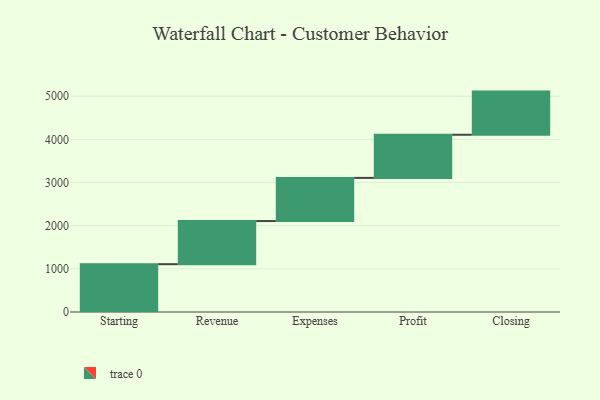
{"axis": {"x": "Step", "y": "Value"}, "legend": [""], "data": [{"x": "Starting", "y": 1108.0, "type": ""}, {"x": "Revenue", "y": 1000, "type": ""}, {"x": "Expenses", "y": 1000, "type": ""}, {"x": "Profit", "y": 1000, "type": ""}, {"x": "Closing", "y": 1000, "type": ""}]}